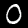
Label: 0